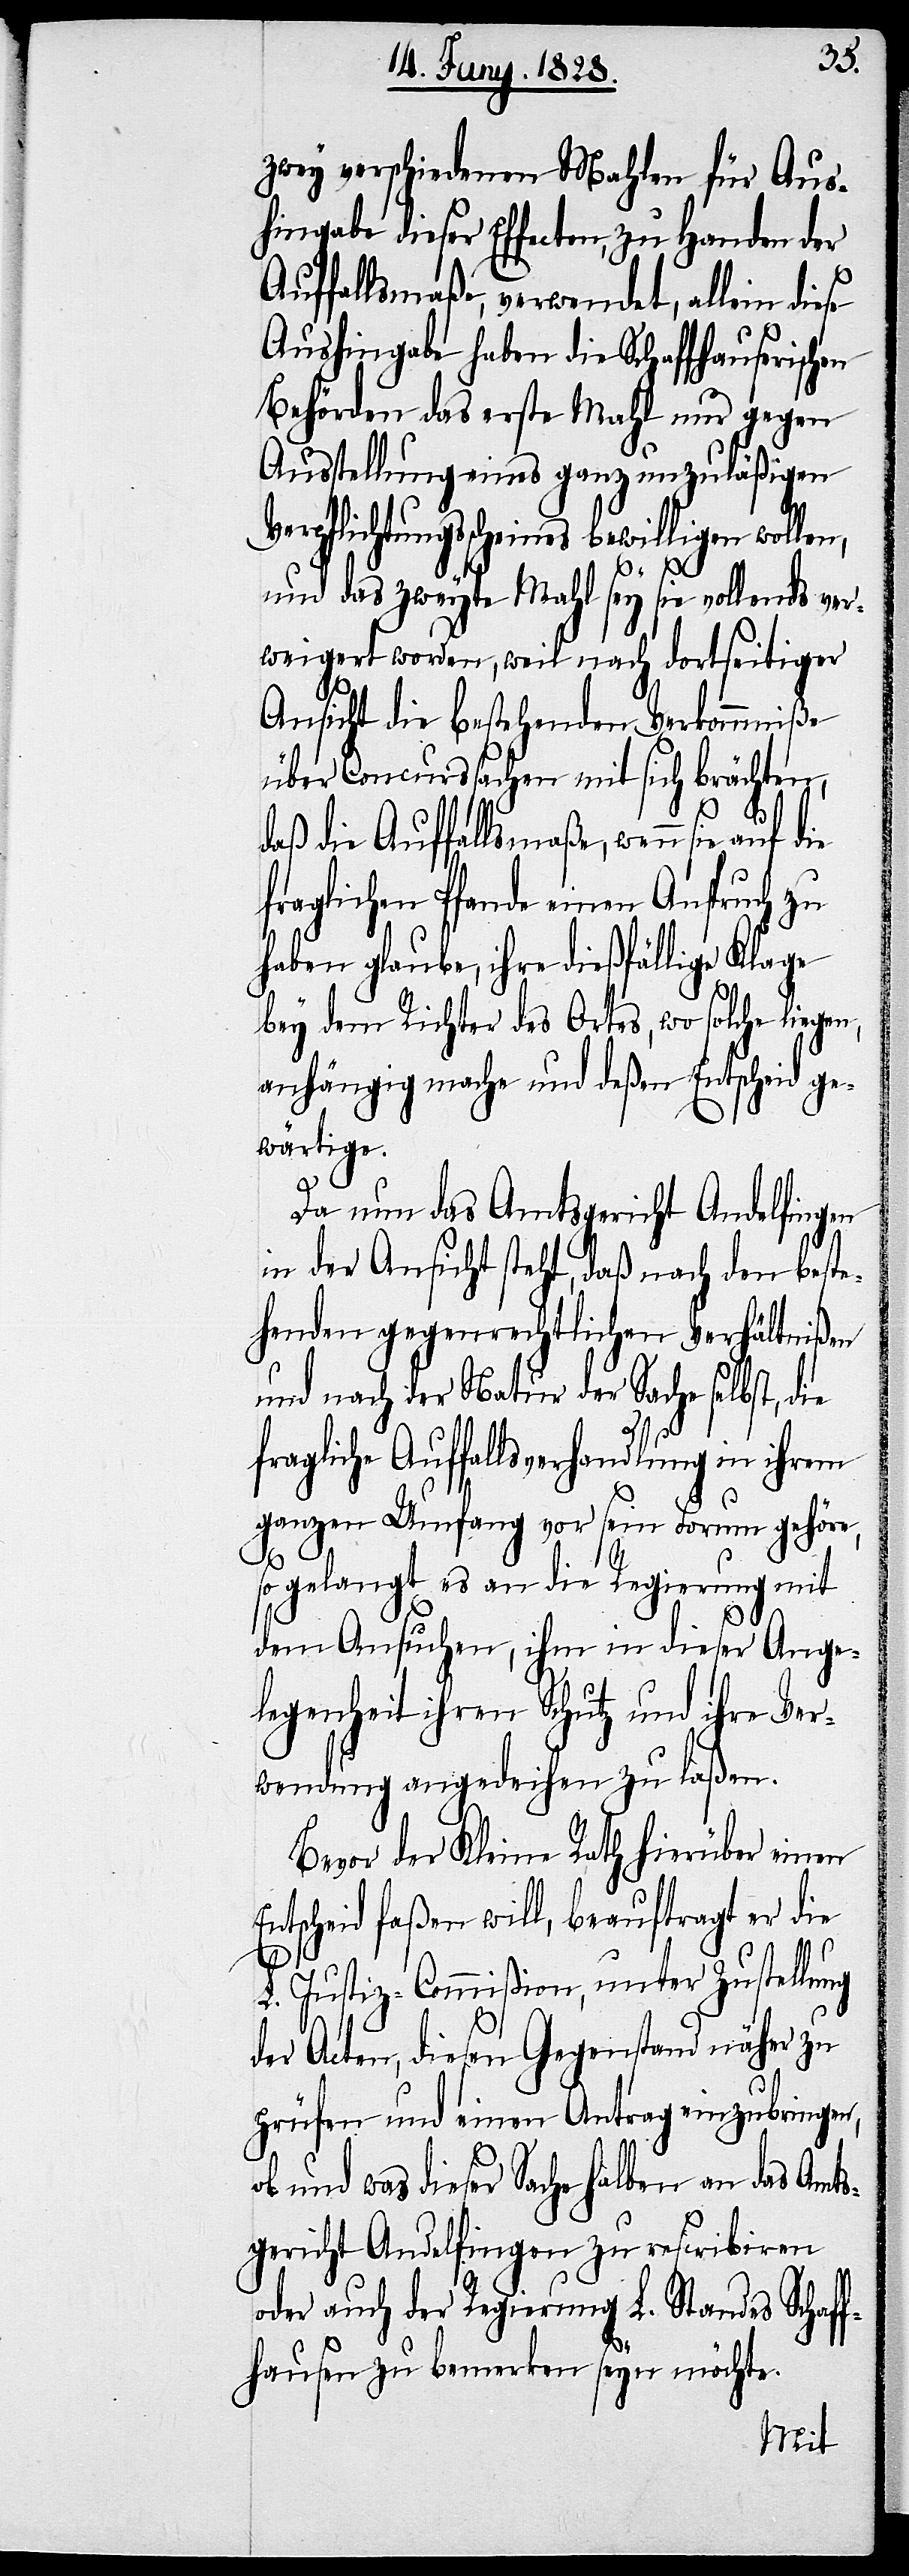
zwey verschiedenen Mahlen für Aus¬
hingabe dieser Effecten, zu Handen der
Auffallsmaße, verwendet, allein diese
Aushingabe haben die Schaffhauserischen
Behörden das erste Mahl nur gegen
Ausstellung eines ganz unzuläßigen
Verpflichtungsscheines bewilligen wollen,
und das zweyte Mahl sey sie vollends ver¬
weigert worden, weil nach dortseitiger
Ansicht die bestehenden Verkommniße
über Concurssachen mit sich brächten,
daß die Auffallsmaße, wenn sie
fraglichen Pfande einen Anspruch zu
haben glaube, ihre dießfällige Klage
bey dem Richter des Ortes, wo solche liege¬
anhängig mache und deßen Entscheid ge¬
wärtige.
Da nun das Amtsgericht Andelfingen
in der Ansicht steht, daß nach den beste¬
henden gegenrechtlichen Verhältnißen
und nach der Natur der Sache selbst, die
auf die
fragliche Auffallsverhandlung in ihrem
ganzen Umfang vor sein Forum gehöre,
so gelangt es an die Regierung mit
dem Ansuchen, ihm in dieser Ange¬
legenheit ihren Schutz und ihre Ver¬
wendung angedeihen zu laßen.
Bevor der Kleine Rath hierüber einen
Entscheid faßen will, beauftragt er die
n,
L. Justiz-Commißion, unter Zustellung
der Acten, diesen Gegenstand näher zu
prüfen und einen Antrag einzubringen,
und was dieser Sache halben an das Amts¬
gericht Andelfingen zu rescribiren
oder auch der Regierung L. Standes Schaff¬
hausen zu bemerken seyn möchte.